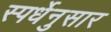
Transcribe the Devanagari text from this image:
स्पर्धेनुसार